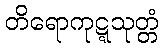
တိရောကုဋ္ဋသုတ္တံ